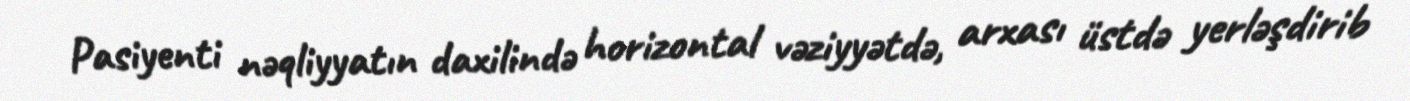
Pasiyenti nəqliyyatın daxilində horizontal vəziyyətdə, arxası üstdə yerləşdirib